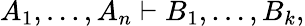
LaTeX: A_{1},\ldots,A_{n}\vdash B_{1},\ldots,B_{k},